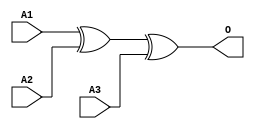
module JXOR3B(A1, A2, A3, O);
input   A1;
input   A2;
input   A3;
output  O;
xor g0(O, A1, A2, A3);
endmodule